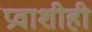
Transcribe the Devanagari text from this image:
प्रवाशीही